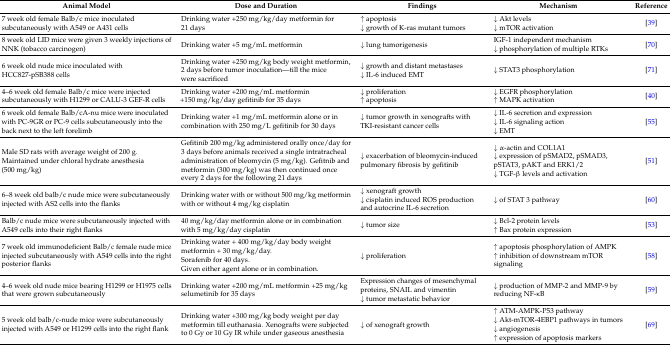
<table><thead><tr><td><b>Animal Model</b></td><td><b>Dose and Duration</b></td><td><b>Findings</b></td><td><b>Mechanism</b></td><td><b>Reference</b></td></tr></thead><tbody><tr><td>7 week old female Balb/c mice inoculated subcutaneously with A549 or A431 cells </td><td>Drinking water +250 mg/kg/day metformin for 21 days</td><td>↑ apoptosis↓ growth of K-ras mutant tumors</td><td>↓ Akt levels↓ mTOR activation </td><td>[39]</td></tr><tr><td>8 week old LID mice were given 3 weekly injections of NNK (tobacco carcinogen)</td><td>Drinking water +5 mg/mL metformin </td><td>↓ lung tumorigenesis</td><td>IGF-1 independent mechanism↓ phosphorylation of multiple RTKs</td><td>[70]</td></tr><tr><td>6 week old nude mice inoculated with HCC827-pSB388 cells</td><td>Drinking water +250 mg/kg body weight metformin, 2 days before tumor inoculation—till the mice were sacrificed</td><td>↓ growth and distant metastases↓ IL-6 induced EMT</td><td>↓ STAT3 phosphorylation</td><td>[71]</td></tr><tr><td>4–6 week old female Balb/c mice were injected subcutaneously with H1299 or CALU-3 GEF-R cells</td><td>Drinking water +200 mg/mL metformin +150 mg/kg/day gefitinib for 35 days</td><td>↓ proliferation↑ apoptosis</td><td>↓ EGFR phosphorylation↑ MAPK activation</td><td>[40]</td></tr><tr><td>6 week old female Balb/cA-nu mice were inoculated with PC-9GR or PC-9 cells subcutaneously into the back next to the left forelimb</td><td>Drinking water +1 mg/mL metformin alone or in combination with 250 mg/L gefitinib for 30 days</td><td>↓ tumor growth in xenografts with TKI-resistant cancer cells</td><td>↓ IL-6 secretion and expression↓ IL-6 signaling action↓ EMT</td><td>[55]</td></tr><tr><td>Male SD rats with average weight of 200 g. Maintained under chloral hydrate anesthesia (500 mg/kg)</td><td>Gefitinib 200 mg/kg administered orally once/day for 3 days before animals received a single intratracheal administration of bleomycin (5 mg/kg). Gefitnib and metformin (300 mg/kg) was then continued once every 2 days for the following 21 days</td><td>↓ exacerbation of bleomycin-induced pulmonary fibrosis by gefitinib</td><td>↓ α-actin and COL1A1↓ expression of pSMAD2, pSMAD3, pSTAT3, pAKT and ERK1/2↓ TGF-β levels and activation</td><td>[51]</td></tr><tr><td>6–8 week old balb/c nude mice were subcutaneously injected with AS2 cells into the flanks</td><td>Drinking water with or without 500 mg/kg metformin with or without 4 mg/kg cisplatin</td><td>↓ xenograft growth↓ cisplatin induced ROS production and autocrine IL-6 secretion</td><td>↓ of STAT 3 pathway</td><td>[60]</td></tr><tr><td>Balb/c nude mice were subcutaneously injected with A549 cells into their right flanks</td><td>40 mg/kg/day metformin alone or in combination with 5 mg/kg/day cisplatin</td><td>↓ tumor size</td><td>↓ Bcl-2 protein levels↑ Bax protein expression </td><td>[53]</td></tr><tr><td>7 week old immunodeficient Balb/c female nude mice injected subcutaneously with A549 cells into the right posterior flanks</td><td>Drinking water + 400 mg/kg/day body weight metformin + 30 mg/kg/day.Sorafenib for 40 days.Given either agent alone or in combination.</td><td>↓ proliferation</td><td>↑ apoptosis phosphorylation of AMPK↑ inhibition of downstream mTOR signaling</td><td>[58]</td></tr><tr><td>4–6 week old nude mice bearing H1299 or H1975 cells that were grown subcutaneously</td><td>Drinking water +200 mg/mL metformin +25 mg/kg selumetinib for 35 days</td><td>Expression changes of mesenchymal proteins, SNAIL and vimentin↓ tumor metastatic behavior</td><td>↓ production of MMP-2 and MMP-9 by reducing NF-κB</td><td>[59]</td></tr><tr><td>5 week old balb/c-nude mice were subcutaneously injected with A549 or H1299 cells into the right flank</td><td>Drinking water +300 mg/kg body weight per day metformin till euthanasia. Xenografts were subjected to 0 Gy or 10 Gy IR while under gaseous anesthesia </td><td>↓ of xenograft growth </td><td>↑ ATM-AMPK-P53 pathway↓ Akt-mTOR-4EBP1 pathways in tumors↓ angiogenesis↑ expression of apoptosis markers</td><td>[69]</td></tr></tbody></table>